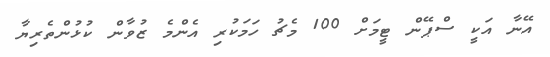
އޭނާ އަކީ ސްޕޭން ޓީމަށް 100 މެޗު ހަމަކުރި އެންމެ ޒުވާން ކުޅުންތެރިޔާ